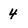
Character: 4